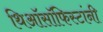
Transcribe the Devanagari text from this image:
थिऑसॉफिस्टांनी